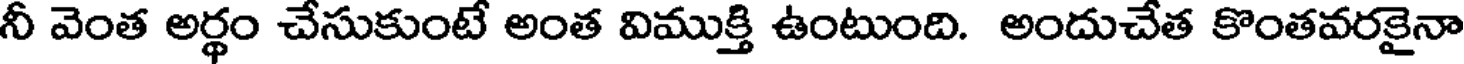
నీ వెంత అర్థం చేసుకుంటే అంత విముక్తి ఉంటుంది. అందుచేత కొంతవరకైనా